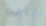
أتلقى